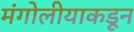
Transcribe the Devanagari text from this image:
मंगोलीयाकडून